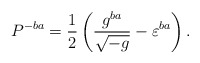
\begin{align*}P^{-ba}=\frac 12\left(\frac{g^{ba}}{\sqrt{-g}}-\varepsilon^{ba}\right).\end{align*}